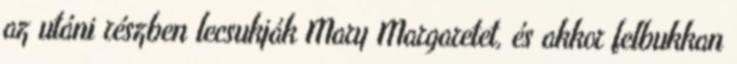
az utáni részben lecsukják Mary Margaretet, és akkor felbukkan